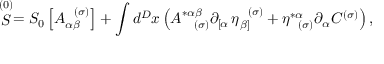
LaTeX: \stackrel { ( 0 ) } { S } = S _ { 0 } \left[ A _ { \alpha \beta } ^ { \; \; \; ( \sigma ) } \right] + \int d ^ { D } x \left( A _ { \; \; \; \; ( \sigma ) } ^ { * \alpha \beta } \partial _ { \left[ \alpha \right. } \eta _ { \left. \beta \right] } ^ { \; \; \; ( \sigma ) } + \eta _ { \; \; \; ( \sigma ) } ^ { * \alpha } \partial _ { \alpha } C ^ { ( \sigma ) } \right) ,